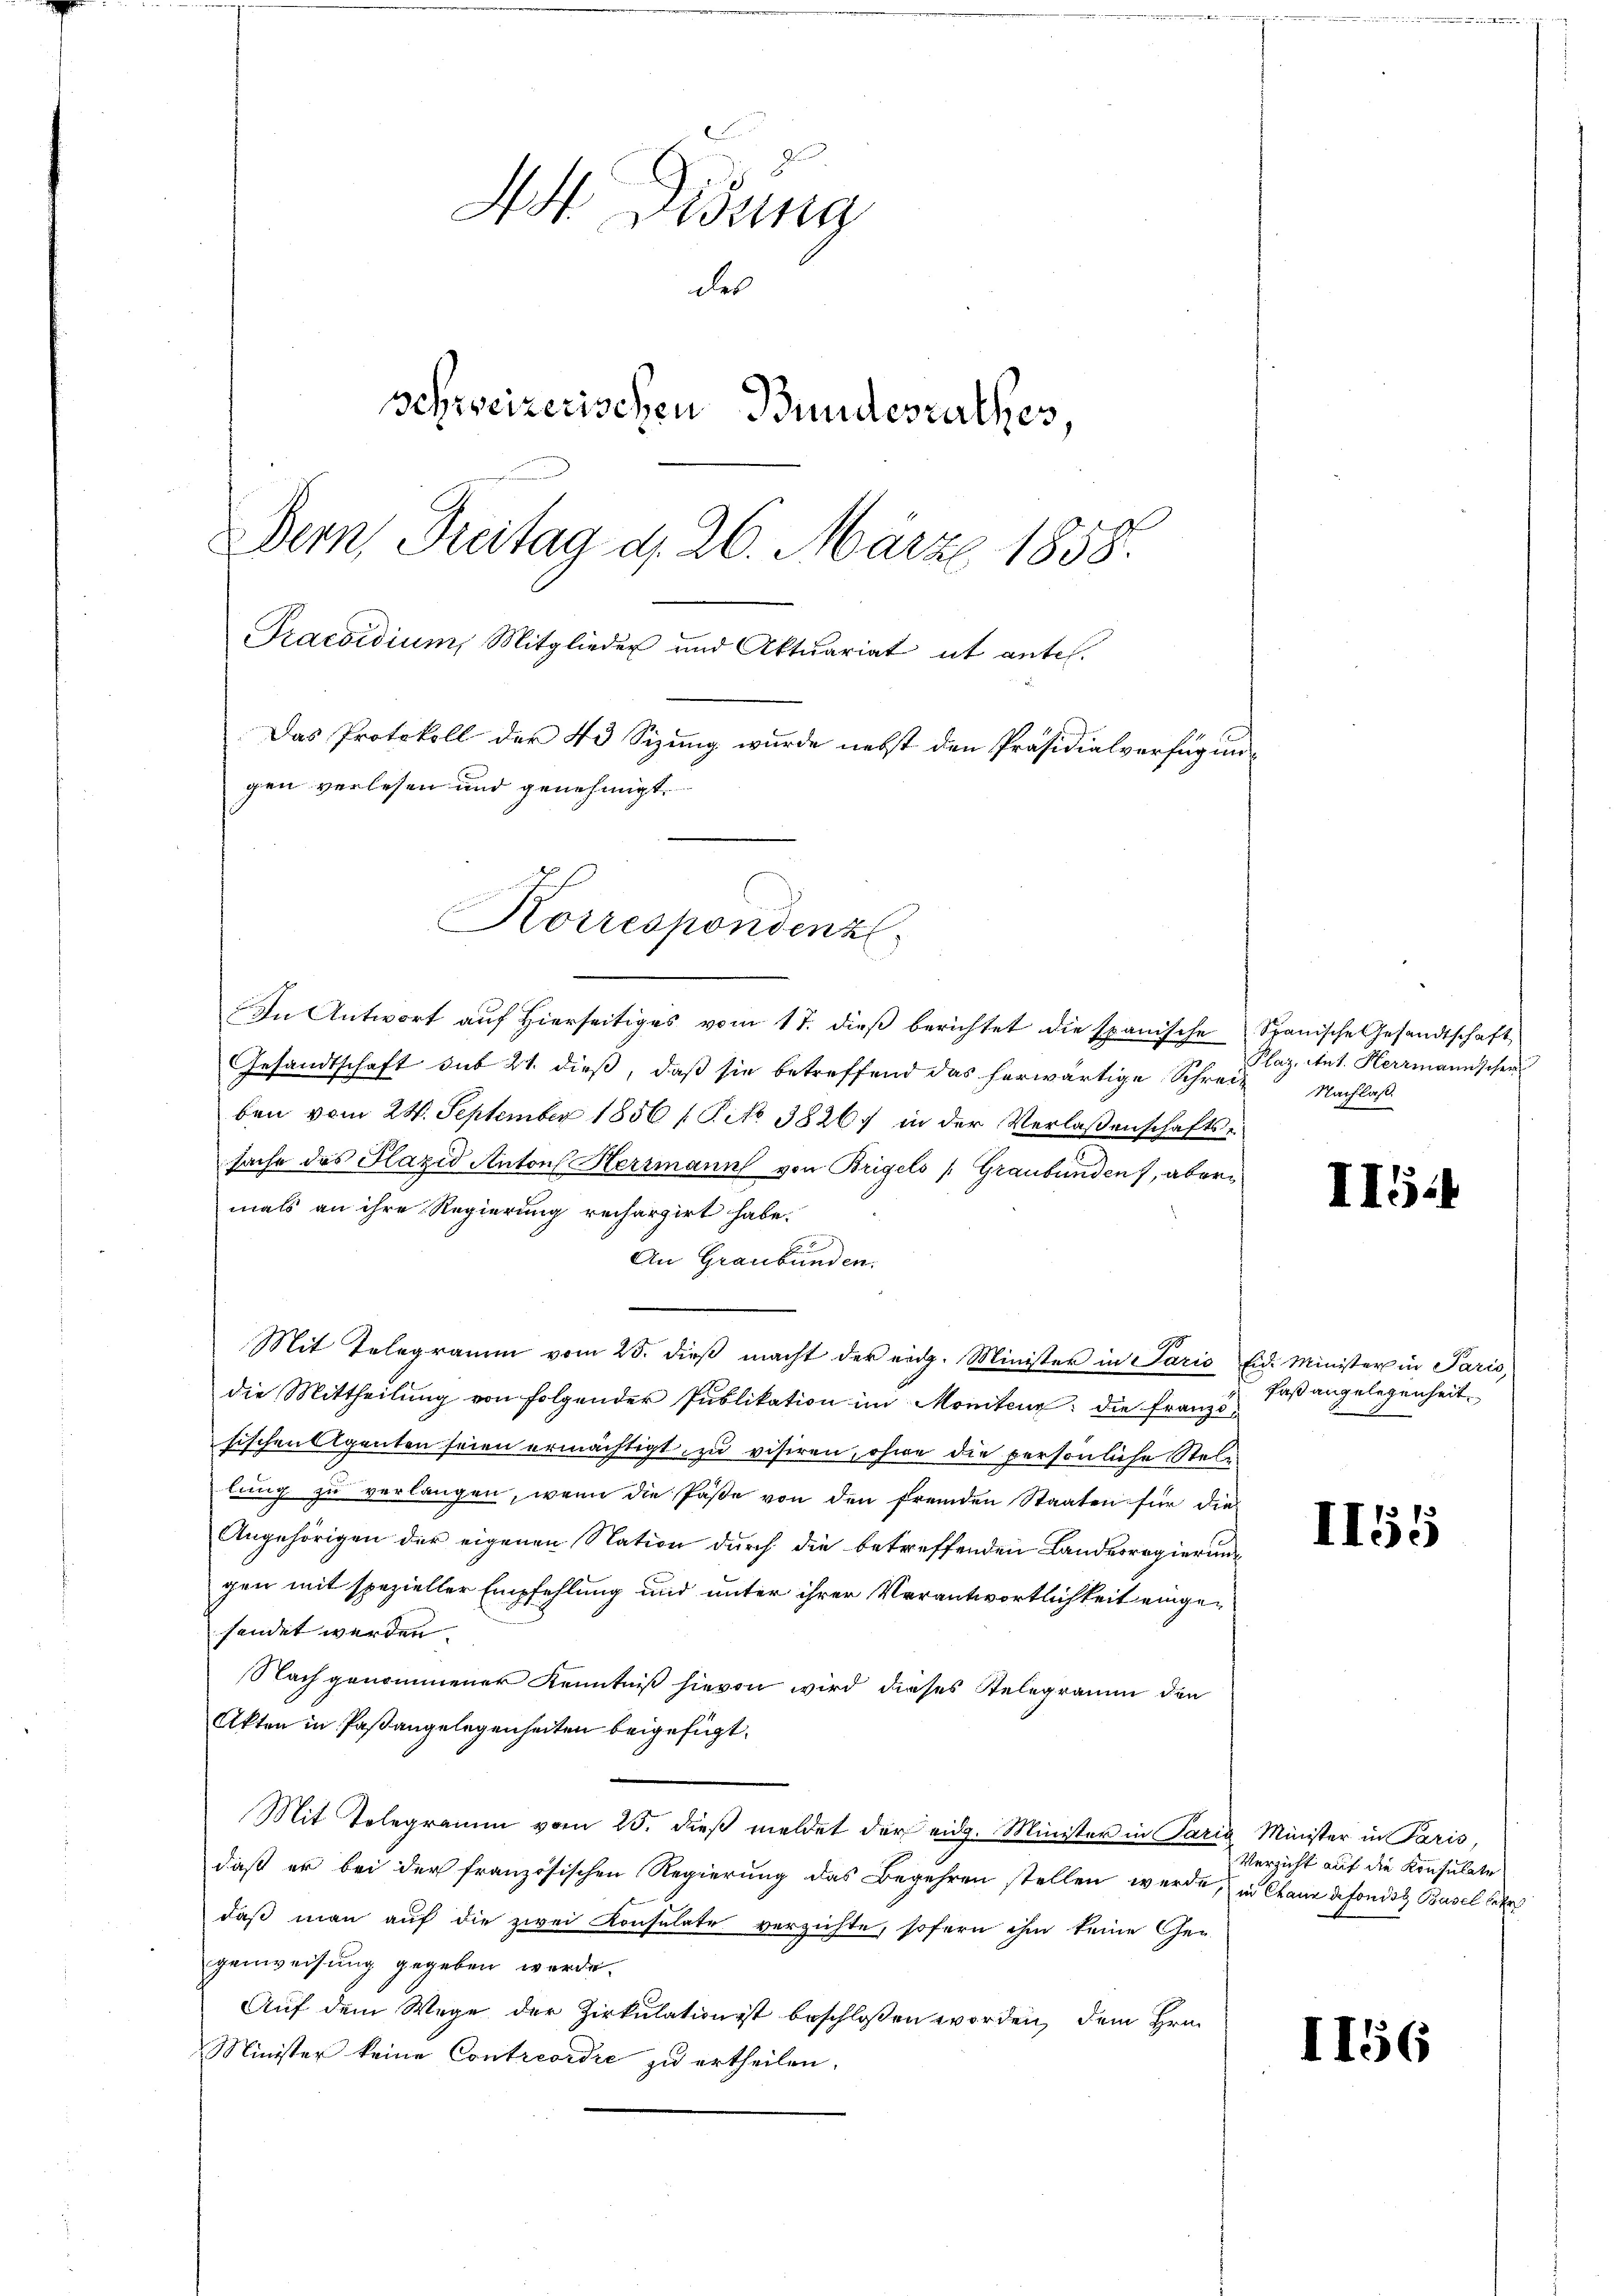
A Didung
des
schreizerischen Bundesrathes,
Dern, Breitag d. 26. März 1858.
Praesidium Mitglieder und Aktuariat ut antel.
Das Protokoll der 43 Sizung wurde nebst den Präsidialverfügungen verlesen und genehmigt.

Korrespondenz

In Antwort auf hierseitiges vom 17. dieβ berichtet die spanische Spanische Gesandtschaft
Gesandtschaft sub 21. dieß, daß sie betreffend das herwärtige Schreiz Nachlaß
ben vom 24. September 1856 1 Tit. 3826 in der Verlassenschaftssache des Plazid Anton Herrmann von Brigels (Graubünden, abern
mals an ihre Regierung rechargirt habe.
An Graubünden.
Mit Telegramm vom 25. dieβ macht der eidg. Minister in Paris eid. Minister in Paris,
die Mittheilŭng von folgender Publikation im Moniten: die Franzsischen Agenten seien ermächtigt zu visiren, ohne die persönliche Stellung zu verlangen, wenn die Päße von den fremden Staaten für die
Angehörigen der eigenen Nation durch die betreffenden Landesregierung
gen mit spezieller Empfehlung und unter ihrer Verantwortlichkeit eingesendet werden.
Nach genommener Kenntniß hievon wird dieses Relegramm den
Akten in Paßangelegenheiten beigefügt.
Mit Telegramm vom 25. dieβ meldet der eidg. Minister in Parig Minister in Paris,
daß er bei der französischen Regierung das Begehren stellen werde, in Chann defonist Basel betr
daß man auf die zwei Konsulate verzichte, sofern ihm keine Ge-
genweisung gegeben werde.
Auf dem Wege der Zirkulation ist beschlossen worden, dem Hrn.
Minister keine Contrevidie zu ertheilen.

Plaz, Ant. Herrmannscher

faß angelegenheit.

II55

II5:

Verzicht auf die Konsulate

1156